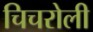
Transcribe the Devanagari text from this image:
चिचरोली